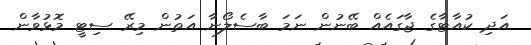
އަދި ކުއާޓާގެ ޖާގައެއް ބޭނުން ނަމަ ބާސެލޯނާ އަތުން މިރޭ ސިޓީ މޮޅުވާން